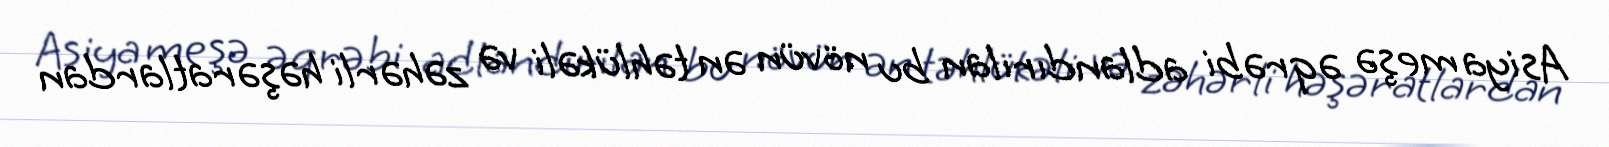
Asiya meşə əqrəbi adlandırılan bu növün ən təhlükəli və zəhərli həşəratlardan